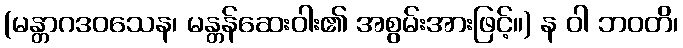
(မန္တာဂဒဝသေန၊ မန္တန်ဆေးဝါး၏ အစွမ်းအားဖြင့်။) န ဝါ ဘဝတိ၊